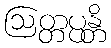
ဩတ္တပ္ပန္တိ